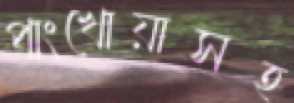
পাংখোয়াসহ